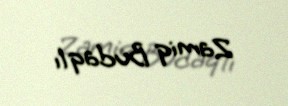
Zamiq Budaqlı